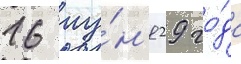
16 иу́н'я 29 го́да